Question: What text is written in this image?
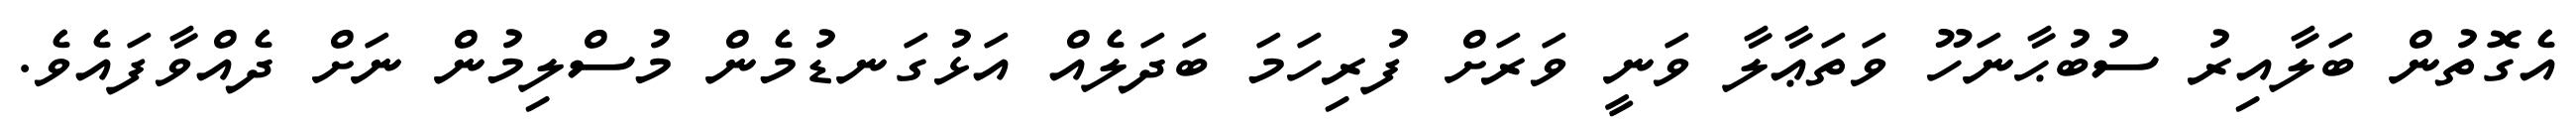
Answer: އެގޮތުން ބަލާއިރު ސުބުޙާނަހޫ ވަތަޢާލާ ވަނީ ވަރަށް ފުރިހަމަ ބަދަލެއް އަޅުގަނޑުމެން މުސްލިމުން ނަށް ދެއްވާފައެވެ.